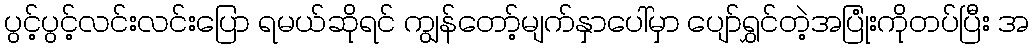
ပွင့်ပွင့်လင်းလင်းပြော ရမယ်ဆိုရင် ကျွန်တော့်မျက်နှာပေါ်မှာ ပျော်ရွှင်တဲ့အပြုံးကိုတပ်ပြီး အ